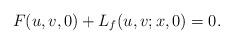
LaTeX: \begin{align*}F(u,v,0)+L_{f}(u,v;x,0)=0.\end{align*}